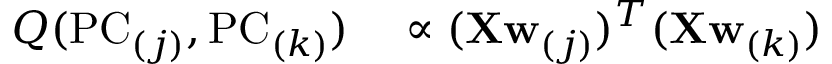
\begin{array} { r l } { Q ( \mathrm { P C } _ { ( j ) } , \mathrm { P C } _ { ( k ) } ) } & { { } \propto ( \mathbf { X } \mathbf { w } _ { ( j ) } ) ^ { T } ( \mathbf { X } \mathbf { w } _ { ( k ) } ) } \end{array}